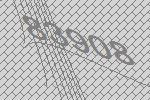
83908